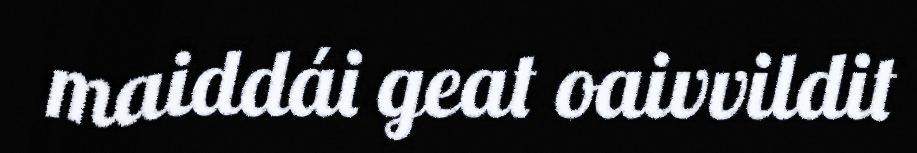
maiddái geat oaivvildit